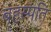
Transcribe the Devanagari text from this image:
बॄहस्पति